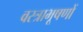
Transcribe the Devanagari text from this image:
वस्‍त्राभूषणों